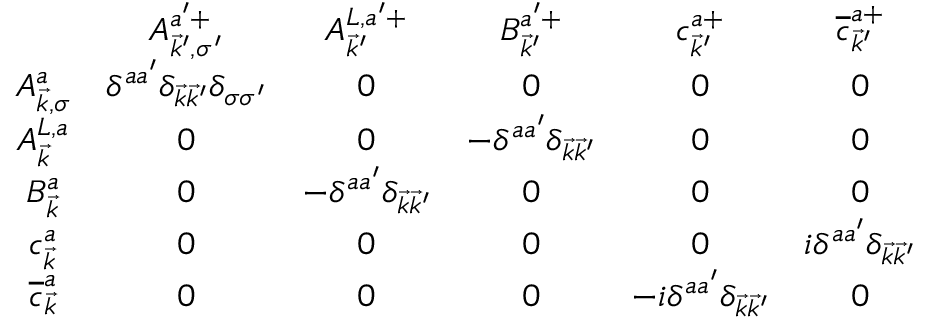
\begin{array} { c c c c c c } { { } } & { { A _ { \vec { k } ^ { \prime } , \sigma ^ { \prime } } ^ { a ^ { \prime } + } } } & { { A _ { \vec { k } ^ { \prime } } ^ { L , a ^ { \prime } + } } } & { { B _ { \vec { k } ^ { \prime } } ^ { a ^ { \prime } + } } } & { { c _ { \vec { k } ^ { \prime } } ^ { a + } } } & { { \overline { { { c } } } _ { \vec { k } ^ { \prime } } ^ { a + } } } \\ { { A _ { \vec { k } , \sigma } ^ { a } } } & { { \delta ^ { a a ^ { \prime } } \delta _ { \vec { k } \vec { k } ^ { \prime } } \delta _ { \sigma \sigma ^ { \prime } } } } & { { 0 } } & { { 0 } } & { { 0 } } & { { 0 } } \\ { { A _ { \vec { k } } ^ { L , a } } } & { { 0 } } & { { 0 } } & { { - \delta ^ { a a ^ { \prime } } \delta _ { \vec { k } \vec { k } ^ { \prime } } } } & { { 0 } } & { { 0 } } \\ { { B _ { \vec { k } } ^ { a } } } & { { 0 } } & { { - \delta ^ { a a ^ { \prime } } \delta _ { \vec { k } \vec { k } ^ { \prime } } } } & { { 0 } } & { { 0 } } & { { 0 } } \\ { { c _ { \vec { k } } ^ { a } } } & { { 0 } } & { { 0 } } & { { 0 } } & { { 0 } } & { { i \delta ^ { a a ^ { \prime } } \delta _ { \vec { k } \vec { k } ^ { \prime } } } } \\ { { \overline { { { c } } } _ { \vec { k } } ^ { a } } } & { { 0 } } & { { 0 } } & { { 0 } } & { { - i \delta ^ { a a ^ { \prime } } \delta _ { \vec { k } \vec { k } ^ { \prime } } } } & { { 0 } } \end{array}